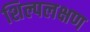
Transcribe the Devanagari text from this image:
शिल्पलक्षण